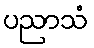
ပညာသံ